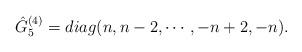
LaTeX: \begin{align*}\hat{G}_{5}^{(4)}=diag(n,n-2,\cdots,-n+2,-n).\end{align*}